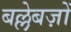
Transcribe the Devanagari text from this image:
बल्लेबज़ों